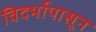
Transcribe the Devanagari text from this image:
विदर्भापासून